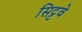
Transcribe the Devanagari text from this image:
सिट्टवे